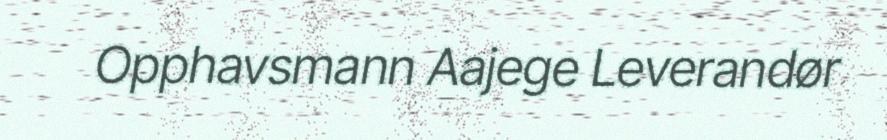
Opphavsmann Aajege Leverandør